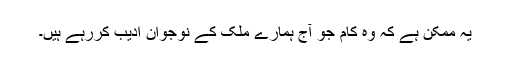
یہ ممکن ہے کہ وہ کام جو آج ہمارے ملک کے نوجوان ادیب کررہے ہیں۔